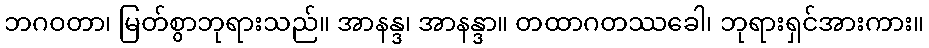
ဘဂဝတာ၊ မြတ်စွာဘုရားသည်။ အာနန္ဒ၊ အာနန္ဒာ။ တထာဂတဿခေါ၊ ဘုရားရှင်အားကား။